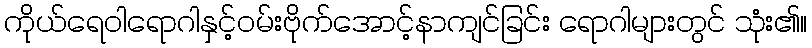
ကိုယ်ရေဝါရောဂါနှင့်ဝမ်းဗိုက်အောင့်နာကျင်ခြင်း ရောဂါများတွင် သုံး၏။